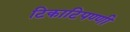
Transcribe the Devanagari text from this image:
टिकाटिपण्णी